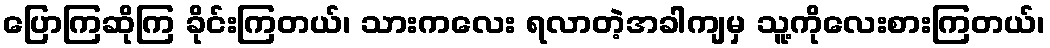
ပြောကြဆိုကြ ခိုင်းကြတယ်၊ သားကလေး ရလာတဲ့အခါကျမှ သူ့ကိုလေးစားကြတယ်၊